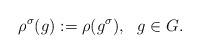
LaTeX: \begin{align*}\rho^{\sigma}(g) := \rho (g^{\sigma}), \ \ g \in G.\end{align*}